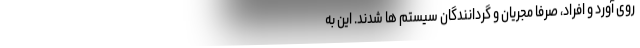
روی آورد و افراد، صرفاً مجریان و گردانندگان سیستم ها شدند. این به